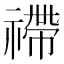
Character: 𥛣